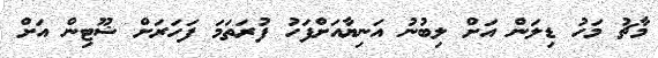
މާޗު މަހު ޑިލަން އަށް ލިބުނު އަނިޔާއަށްފަހު ފުރަތަމަ ފަހަރަށް ޝޫޓިން އަށް